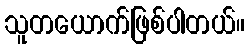
သူတယောက်ဖြစ်ပါတယ်။